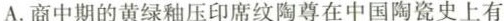
A.商中期的黄绿釉压印席纹陶尊在中国陶瓷史上有